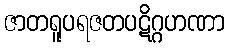
ဇာတရူပရဇတပဋိဂ္ဂဟဏာ